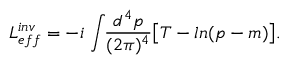
{ \cal L } _ { e f f } ^ { i n v } = - i \, \int \! \! { \frac { d ^ { 4 } p } { ( 2 \pi ) ^ { 4 } } } \big [ T - l n ( \sl { p } - m ) \big ] .